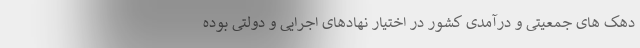
دهک های جمعیتی و درآمدی کشور در اختیار نهادهای اجرایی و دولتی بوده